Burma Government Medical School reports 1907-22
Year: 1907
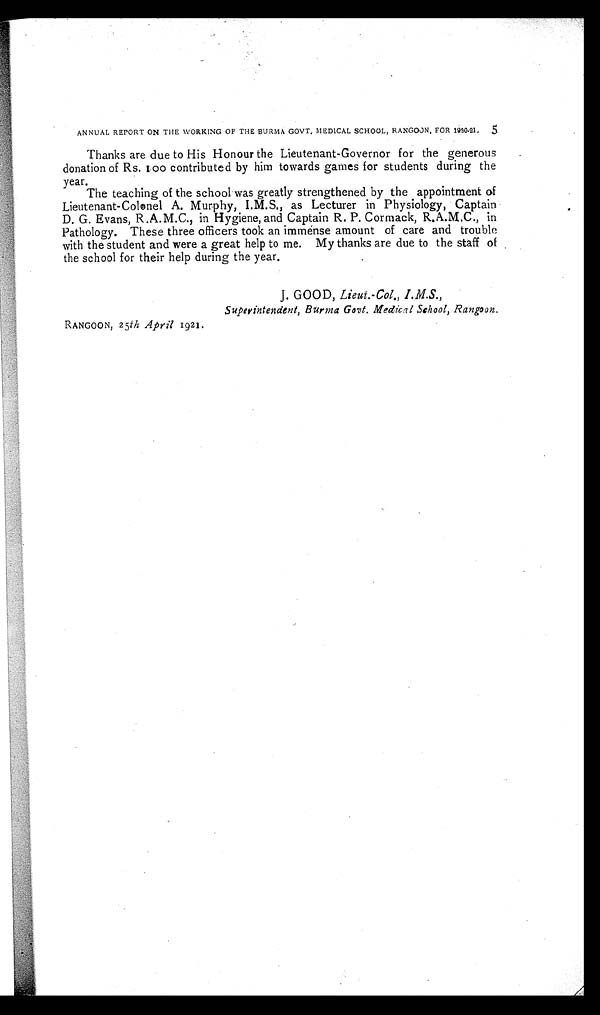
5
ANNUAL REPORT ON THE WORKING OF THE BURMA GOVT, MEDICAL SCHOOL, RANGOJN, FOR 1920-21,
Thanks are due to His Honour the Lieutenant-Governor for the generous
donation of Rs. 1oo contributed by him towards games for students during the
year.
The teaching of the school was greatly strengthened by the appointment of
Lieutenant-Colonel A. Murphy, I.M.S., as Lecturer in Physiology, Captain
D. G. Evans, R.A.M.C., in Hygiene, and Captain R. P. Cormack, R.A.M.C., in
Pathology. These three officers took an immense amount of care and trouble
with the student and were a great help to me. My thanks are due to the staff of
the school for their help during the year.
J. GOOD, Lieut.-Col.,
Superintendent, Burma Govt, Medical School, Rangoon.
RANGOON, 25th April 1921.